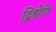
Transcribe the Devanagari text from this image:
द्विश्रोणि